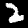
Digit: 2